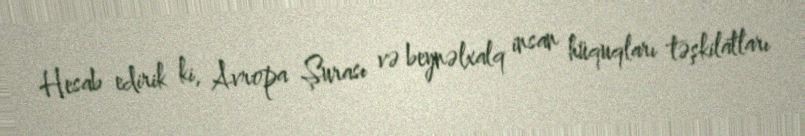
Hesab edirik ki, Avropa Şurası və beynəlxalq insan hüquqları təşkilatları